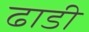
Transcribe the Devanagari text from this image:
ढाडी